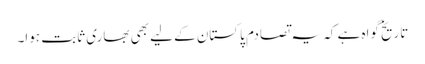
تاریخ گواہ ہے کہ یہ تصادم پاکستان کے لیے بھی بھاری ثابت ہوا۔